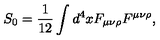
S _ { 0 } = { \frac { 1 } { 1 2 } } \int d ^ { 4 } x F _ { \mu \nu \rho } F ^ { \mu \nu \rho } ,